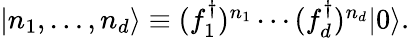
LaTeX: \begin{array}{r}{|n_{1},\ldots,n_{d}\rangle\equiv(f_{1}^{\dagger})^{n_{1}}\cdots(f_{d}^{\dagger})^{n_{d}}|0\rangle.}\end{array}